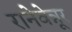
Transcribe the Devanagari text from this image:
रानेवेन्नूर